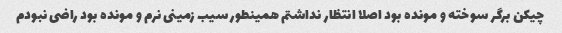
چیکن برگر سوخته و مونده بود اصلا انتظار نداشتم همینطور سیب زمینی نرم و مونده بود راضی نبودم